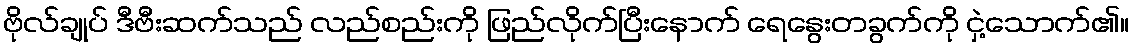
ဗိုလ်ချုပ် ဒီဗီးဆက်သည် လည်စည်းကို ဖြည်လိုက်ပြီးနောက် ရေနွေးတခွက်ကို ငှဲ့သောက်၏။